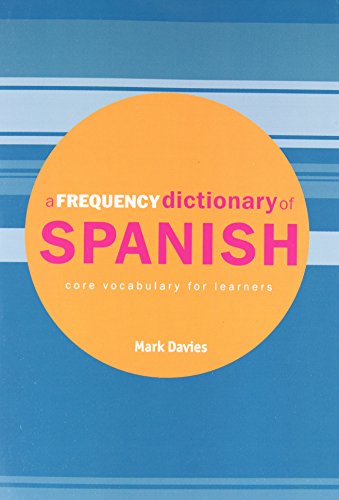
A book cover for A Frequency Dictionary of Spanish: Core Vocabulary for Learners (Routledge Frequency Dictionaries) (English and Spanish Edition); Mark Davies; Reference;